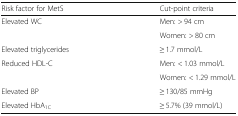
| Risk factor for MetS | Cut-point criteria |
 | --- | --- |
 | <ROWSPAN=2> Elevated WC | Men: > 94 cm |
 | Women: > 80 cm |
 | Elevated triglycerides | ≥ 1.7 mmol/L |
 | <ROWSPAN=2> Reduced HDL-C | Men: < 1.03 mmol/L |
 | Women: < 1.29 mmol/L |
 | Elevated BP | ≥ 130/85 mmHg |
 | Elevated HbA1C | ≥ 5.7% (39 mmol/L) |